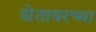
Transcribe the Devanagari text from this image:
शेतावरच्या